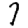
Digit: 7